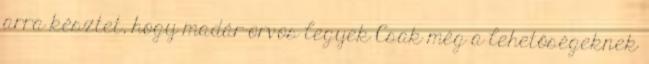
arra késztet, hogy madár-orvos legyek Csak még a lehetőségeknek